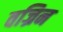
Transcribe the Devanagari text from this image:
वज्रिन